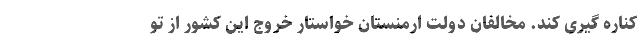
کناره گیری کند. مخالفان دولت ارمنستان خواستار خروج این کشور از تو